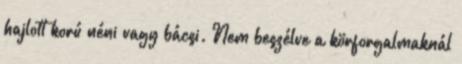
hajlott korú néni vagy bácsi. Nem beszélve a körforgalmaknál